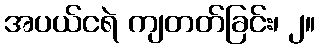
အပယ်ငရဲ ကျတတ်ခြင်း၊ ၂။